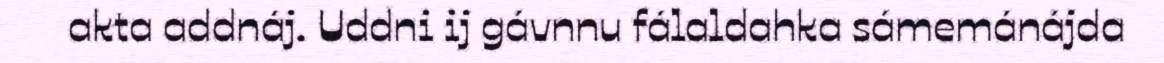
akta addnáj. Uddni ij gávnnu fálaldahka sámemánájda